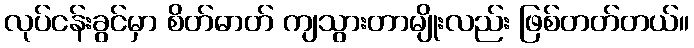
လုပ်ငန်းခွင်မှာ စိတ်ဓာတ် ကျသွားတာမျိုးလည်း ဖြစ်တတ်တယ်။